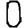
Digit: 0